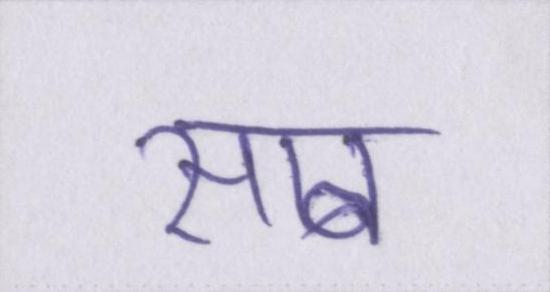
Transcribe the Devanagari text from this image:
साब